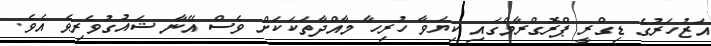
އަޒުހަރުގެ ޑިގްރީ ޕްރޮގްރާމްގައި ކިޔަވާ ހުރިހާ މާއްދާތަކަކަށް ވެސް އޭނާ ޝައުގުވެރިވެ އެވެ.